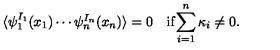
\begin{array} { c c } { \langle \psi _ { 1 } ^ { I _ { 1 } } ( x _ { 1 } ) \cdots \psi _ { n } ^ { I _ { n } } ( x _ { n } ) \rangle = 0 } & { \mathrm { i f } \displaystyle { \sum _ { i = 1 } ^ { n } \kappa _ { i } \neq 0 } . } \\ \end{array}